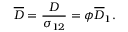
\overline { { D } } = \frac { D } { \sigma _ { 1 2 } } = \phi \overline { { D } } _ { 1 } .